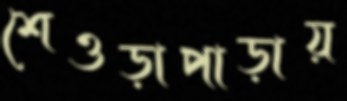
শেওড়াপাড়ায়